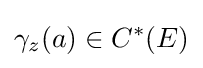
\gamma _{z}(a)\in C^{*}(E)